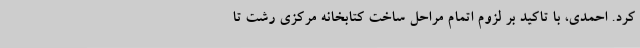
کرد. احمدی، با تاکید بر لزوم اتمام مراحل ساخت کتابخانه مرکزی رشت تا